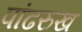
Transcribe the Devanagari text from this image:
पांढरुख